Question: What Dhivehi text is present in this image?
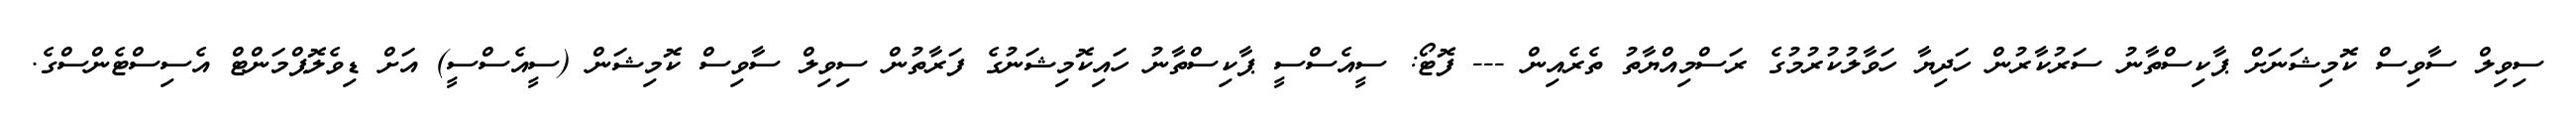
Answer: ސިވިލް ސާވިސް ކޮމިޝަނަށް ޕާކިސްތާނު ސަރުކާރުން ހަދިޔާ ހަވާލުކުރުމުގެ ރަސްމިއްޔާތު ތެރެއިން --- ފޮޓޯ: ސީއެސްސީ ޕާކިސްތާނު ހައިކޮމިޝަނުގެ ފަރާތުން ސިވިލް ސާވިސް ކޮމިޝަން (ސީއެސްސީ) އަށް ޑިވެލޮޕްމަންޓް އެސިސްޓެންސްގެ.